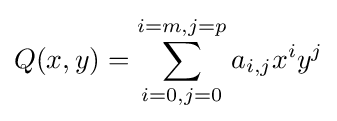
Q(x,y)=\sum _{i=0,j=0}^{i=m,j=p}a_{i,j}x^{i}y^{j}